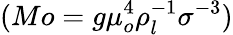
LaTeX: (Mo=g\mu_{o}^{4}\rho_{l}^{-1}\sigma^{-3})